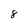
Character: 8